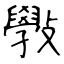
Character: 斅